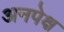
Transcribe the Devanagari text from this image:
अनपेक्ष